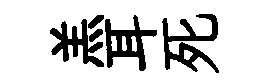
羔耳死